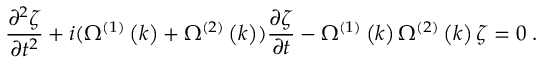
\frac { \partial ^ { 2 } \zeta } { \partial t ^ { 2 } } + i ( \Omega ^ { \left( 1 \right) } \left( k \right) + \Omega ^ { \left( 2 \right) } \left( k \right) ) \frac { \partial \zeta } { \partial t } - \Omega ^ { \left( 1 \right) } \left( k \right) \Omega ^ { \left( 2 \right) } \left( k \right) \zeta = 0 \; .